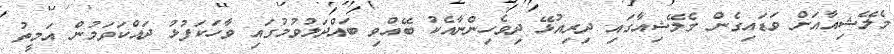
މެލޭޝިއާއަށް ވަޑައިގެން މެލޭޝިއާގައި ދިރިއުޅޭ ދިވެހިންނާއެކު ބޭއްވި ބައްދަލުވުމުގައި ވާހަކަފުޅު ދައްކަވަމުން އަމީތު